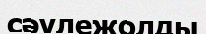
сәулежолды